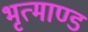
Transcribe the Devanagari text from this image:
भृत्माण्ड